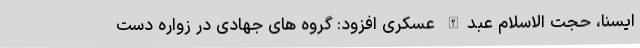
ایسنا، حجت الاسلام عبدالله عسکری افزود: گروه های جهادی در زواره دست